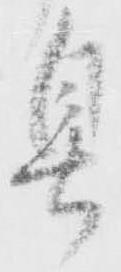
具